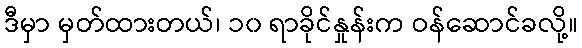
ဒီမှာ မှတ်ထားတယ်၊ ၁၀ ရာခိုင်နှုန်းက ဝန်ဆောင်ခလို့။